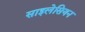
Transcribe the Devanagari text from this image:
साइलेसियन